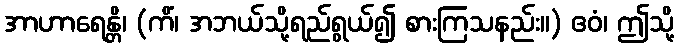
အာဟာရေန္တိ၊ (ကိံ၊ အဘယ်သို့ရည်ရွယ်၍ စားကြသနည်း။) ဧဝံ၊ ဤသို့